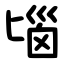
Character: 匘